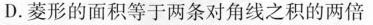
D.菱形的面积等于两条对角线之积的两倍